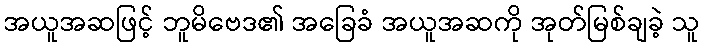
အယူအဆဖြင့် ဘူမိဗေဒ၏ အခြေခံ အယူအဆကို အုတ်မြစ်ချခဲ့ သူ